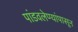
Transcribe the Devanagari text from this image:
पांडवलेण्यांपासून